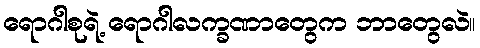
ရောဂါစုရဲ့ ရောဂါလက္ခဏာတွေက ဘာတွေလဲ။